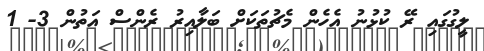
ލީގުގައި ރޭ ކުޅުނު އެހެން މެޗުތަކަށް ބަލާއިރު ރެންސް އަތުން 3- 1